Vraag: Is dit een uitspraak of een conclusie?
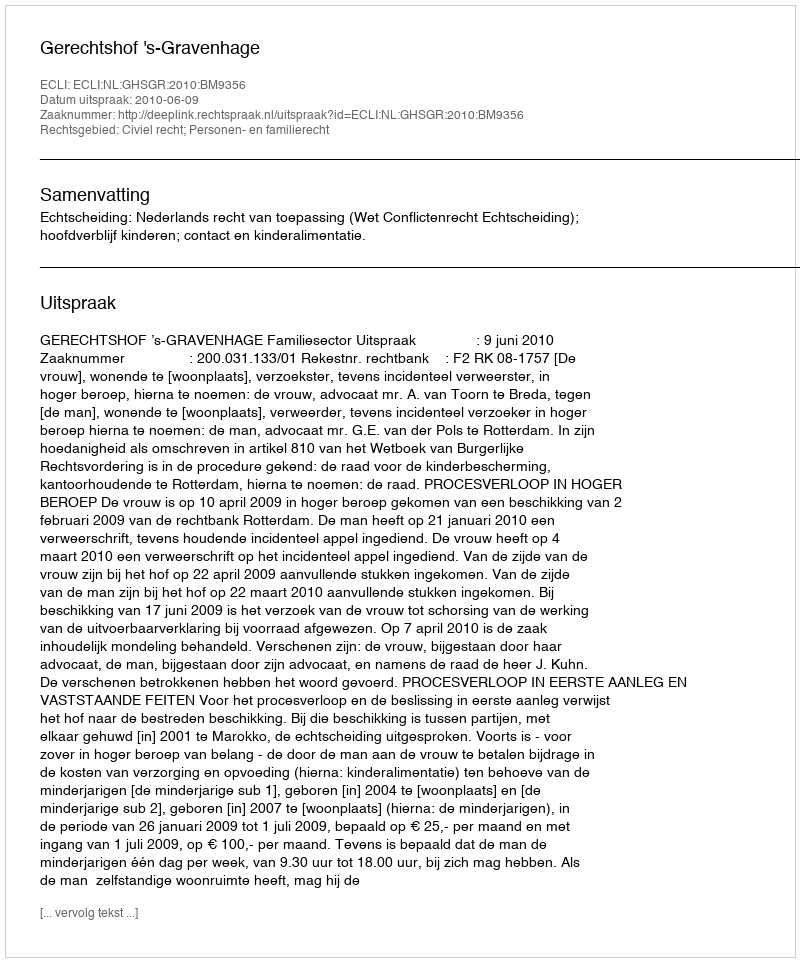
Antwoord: Uitspraak